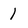
Character: 1